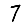
Digit: 7